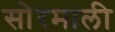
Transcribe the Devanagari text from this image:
सोरमाली